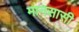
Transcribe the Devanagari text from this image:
मानसासी